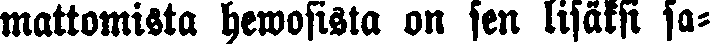
mattomista hewosista on sen lisäksi sa-